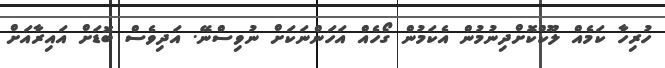
ހުރިހާ ކަމެއް ލޫކްކޮށްދިނުމުން އެކަމުން ގޯހެއް އަހަންނަކަށް ނުވިސްނޭ. އަދިވެސް ބޮޑަށް އައިރާއަށް